Vaccination in the Punjab 1919-1929 - 1919-1929
Year: 1919
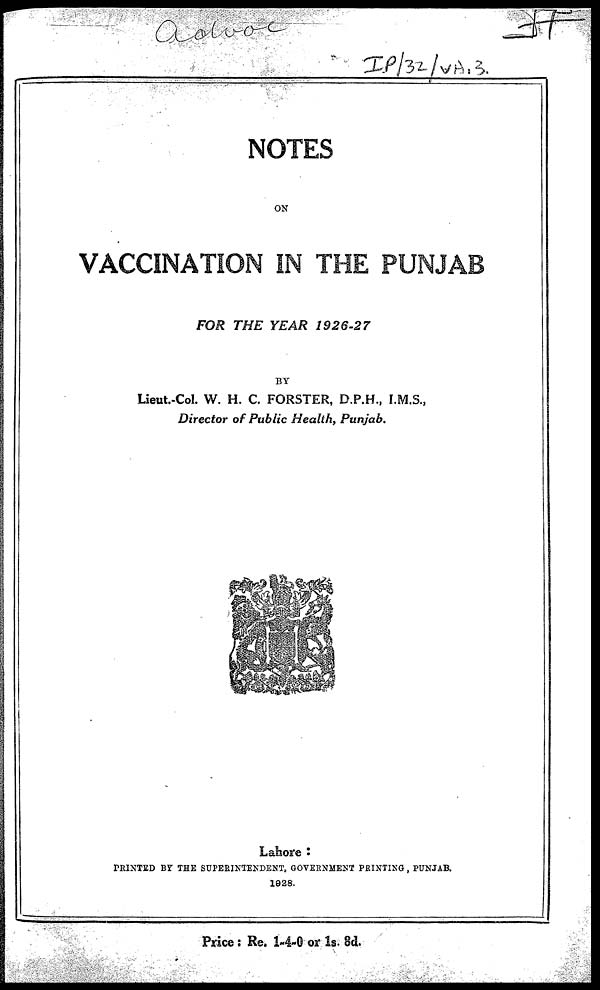
NOTES
ON
VACCINATION IN THE PUNJAB
FOR THE YEAR
1926-27
BY
Lieut.-Col. W. H. C. FORSTER, D.P.H., I.M.S.,
Director of Public Health, Punjab.
Lahore :
PRINTED BY THE SUPERINTENDENT, GOVERNMENT PRINTING, PUNJAB.
1928.
Price: Re. 1-4-0 or 1s. 8d.